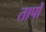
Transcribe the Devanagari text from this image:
तापोँ